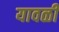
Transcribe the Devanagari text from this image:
यावळी